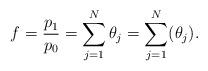
LaTeX: \begin{align*} f=\frac{p_1}{p_0}=\sum_{j=1}^N\theta_j=\sum_{j=1}^N(\theta_j). \end{align*}